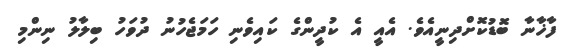
ފާޚާނާ ބޮޑުކޮށްދިނީއެވެ. އެއީ އެ ކުދީންގެ ކައިވެނި ހަމަޖެހުނު ދުވަހު ބިލާލު ނިންމި